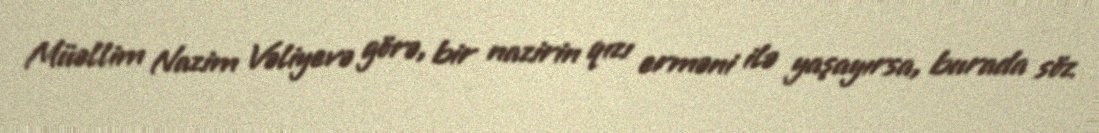
Müəllim Nazim Vəliyevə görə, bir nazirin qızı erməni ilə yaşayırsa, burada söz